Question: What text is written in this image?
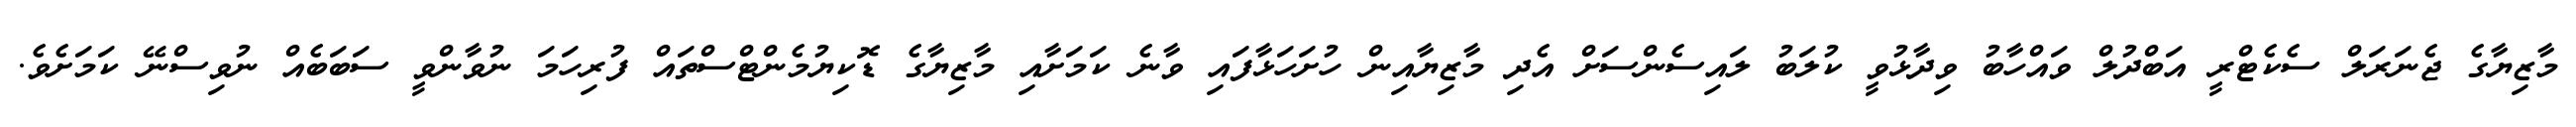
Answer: މާޒިޔާގެ ޖެނަރަލް ސެކެޓްރީ އަބްދުލް ވައްހާބު ވިދާޅުވީ ކުލަބު ލައިސެންސަށް އެދި މާޒިޔާއިން ހުށަހަޅާފައި ވާނެ ކަމަށާއި މާޒިޔާގެ ޑޮކިޔުމެންޓްސްތައް ފުރިހަމަ ނުވާންވީ ސަބަބެއް ނުވިސްނޭ ކަމަށެވެ.